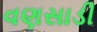
વણસાડી